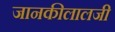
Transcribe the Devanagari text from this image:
जानकीलालजी